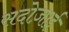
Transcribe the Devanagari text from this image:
सदोज़ाई